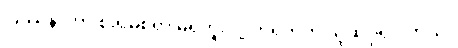
ပြဿနာဟာ စိုးရိမ်စရာ မရှိဘူးလို့ တရုတ်က ယူဆပုံရပါတယ်။